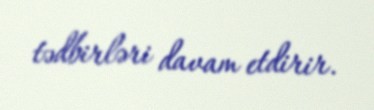
tədbirləri davam etdirir.